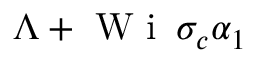
\Lambda + \mathrm { ~ W ~ i ~ } \, \sigma _ { c } \alpha _ { 1 }